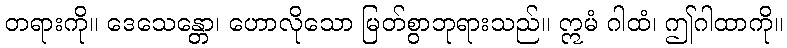
တရားကို။ ဒေသေန္တော၊ ဟောလိုသော မြတ်စွာဘုရားသည်။ ဣမံ ဂါထံ၊ ဤဂါထာကို။